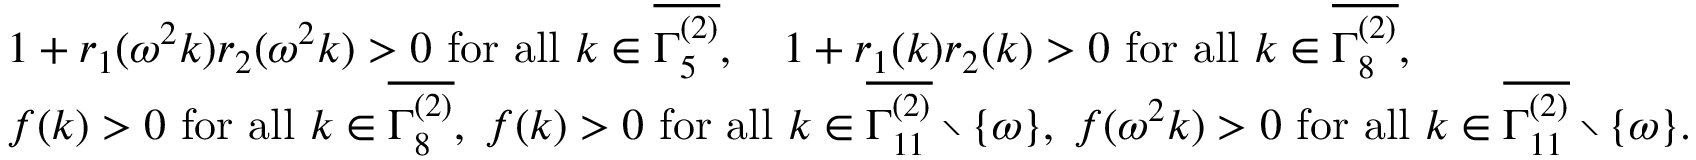
\begin{array} { r l } & { 1 + r _ { 1 } ( \omega ^ { 2 } k ) r _ { 2 } ( \omega ^ { 2 } k ) > 0 \mathrm { ~ f o r ~ a l l ~ } k \in \overline { { \Gamma _ { 5 } ^ { ( 2 ) } } } , \quad 1 + r _ { 1 } ( k ) r _ { 2 } ( k ) > 0 \mathrm { ~ f o r ~ a l l ~ } k \in \overline { { \Gamma _ { 8 } ^ { ( 2 ) } } } , } \\ & { f ( k ) > 0 \mathrm { ~ f o r ~ a l l ~ } k \in \overline { { \Gamma _ { 8 } ^ { ( 2 ) } } } , \; f ( k ) > 0 \mathrm { ~ f o r ~ a l l ~ } k \in \overline { { \Gamma _ { 1 1 } ^ { ( 2 ) } } } \setminus \{ \omega \} , \; f ( \omega ^ { 2 } k ) > 0 \mathrm { ~ f o r ~ a l l ~ } k \in \overline { { \Gamma _ { 1 1 } ^ { ( 2 ) } } } \setminus \{ \omega \} . } \end{array}